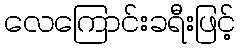
လေကြောင်းခရီးဖြင့်